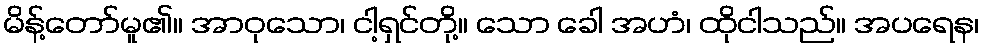
မိန့်တော်မူ၏။ အာဝုသော၊ ငါ့ရှင်တို့။ သော ခေါ အဟံ၊ ထိုငါသည်။ အပရေန၊